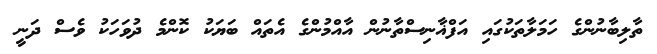
ތާލިބާނުންގެ ހަމަލާތަކުގައި އަފްޣާނިސްތާނުން އާއްމުންގެ އެތައް ބަޔަކު ކޮންމެ ދުވަހަކު ވެސް ދަނީ